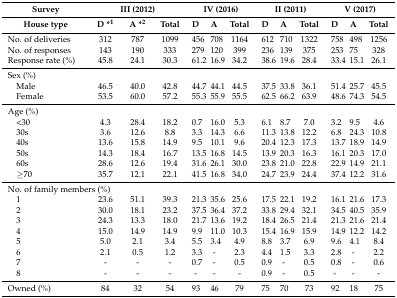
<table><thead><tr><td><b>Survey</b></td><td colspan="3"><b>III (2012)</b></td><td colspan="3"><b>IV (2016)</b></td><td colspan="3"><b>II (2011)</b></td><td colspan="3"><b>V (2017)</b></td></tr><tr><td><b>House type</b></td><td><b>D *<sup>1</sup></b></td><td><b>A *<sup>2</sup></b></td><td><b>Total</b></td><td><b>D</b></td><td><b>A</b></td><td><b>Total</b></td><td><b>D</b></td><td><b>A</b></td><td><b>Total</b></td><td><b>D</b></td><td><b>A</b></td><td><b>Total</b></td></tr></thead><tbody><tr><td>No. of deliveries</td><td>312</td><td>787</td><td>1099</td><td>456</td><td>708</td><td>1164</td><td>612</td><td>710</td><td>1322</td><td>758</td><td>498</td><td>1256</td></tr><tr><td>No. of responses</td><td>143</td><td>190</td><td>333</td><td>279</td><td>120</td><td>399</td><td>236</td><td>139</td><td>375</td><td>253</td><td>75</td><td>328</td></tr><tr><td>Response rate (%)</td><td>45.8</td><td>24.1</td><td>30.3</td><td>61.2</td><td>16.9</td><td>34.2</td><td>38.6</td><td>19.6</td><td>28.4</td><td>33.4</td><td>15.1</td><td>26.1</td></tr><tr><td>Sex (%)</td><td></td><td></td><td></td><td></td><td></td><td></td><td></td><td></td><td></td><td></td><td></td><td></td></tr><tr><td> Male</td><td>46.5</td><td>40.0</td><td>42.8</td><td>44.7</td><td>44.1</td><td>44.5</td><td>37.5</td><td>33.8</td><td>36.1</td><td>51.4</td><td>25.7</td><td>45.5</td></tr><tr><td> Female</td><td>53.5</td><td>60.0</td><td>57.2</td><td>55.3</td><td>55.9</td><td>55.5</td><td>62.5</td><td>66.2</td><td>63.9</td><td>48.6</td><td>74.3</td><td>54.5</td></tr><tr><td>Age (%)</td><td></td><td></td><td></td><td></td><td></td><td></td><td></td><td></td><td></td><td></td><td></td><td></td></tr><tr><td> &lt;30</td><td>4.3</td><td>28.4</td><td>18.2</td><td>0.7</td><td>16.0</td><td>5.3</td><td>6.1</td><td>8.7</td><td>7.0</td><td>3.2</td><td>9.5</td><td>4.6</td></tr><tr><td> 30s</td><td>3.6</td><td>12.6</td><td>8.8</td><td>3.3</td><td>14.3</td><td>6.6</td><td>11.3</td><td>13.8</td><td>12.2</td><td>6.8</td><td>24.3</td><td>10.8</td></tr><tr><td> 40s</td><td>13.6</td><td>15.8</td><td>14.9</td><td>9.5</td><td>10.1</td><td>9.6</td><td>20.4</td><td>12.3</td><td>17.3</td><td>13.7</td><td>18.9</td><td>14.9</td></tr><tr><td> 50s</td><td>14.3</td><td>18.4</td><td>16.7</td><td>13.5</td><td>16.8</td><td>14.5</td><td>13.9</td><td>20.3</td><td>16.3</td><td>16.1</td><td>20.3</td><td>17.0</td></tr><tr><td> 60s</td><td>28.6</td><td>12.6</td><td>19.4</td><td>31.6</td><td>26.1</td><td>30.0</td><td>23.8</td><td>21.0</td><td>22.8</td><td>22.9</td><td>14.9</td><td>21.1</td></tr><tr><td> ≥70</td><td>35.7</td><td>12.1</td><td>22.1</td><td>41.5</td><td>16.8</td><td>34.0</td><td>24.7</td><td>23.9</td><td>24.4</td><td>37.4</td><td>12.2</td><td>31.6</td></tr><tr><td colspan="2">No. of family members (%)</td><td></td><td></td><td></td><td></td><td></td><td></td><td></td><td></td><td></td><td></td><td></td></tr><tr><td> 1</td><td>23.6</td><td>51.1</td><td>39.3</td><td>21.3</td><td>35.6</td><td>25.6</td><td>17.5</td><td>22.1</td><td>19.2</td><td>16.1</td><td>21.6</td><td>17.3</td></tr><tr><td> 2</td><td>30.0</td><td>18.1</td><td>23.2</td><td>37.5</td><td>36.4</td><td>37.2</td><td>33.8</td><td>29.4</td><td>32.1</td><td>34.5</td><td>40.5</td><td>35.9</td></tr><tr><td> 3</td><td>24.3</td><td>13.3</td><td>18.0</td><td>21.7</td><td>13.6</td><td>19.2</td><td>18.4</td><td>26.5</td><td>21.4</td><td>21.3</td><td>21.6</td><td>21.4</td></tr><tr><td> 4</td><td>15.0</td><td>14.9</td><td>14.9</td><td>9.9</td><td>11.0</td><td>10.3</td><td>15.4</td><td>16.9</td><td>15.9</td><td>14.9</td><td>12.2</td><td>14.2</td></tr><tr><td> 5</td><td>5.0</td><td>2.1</td><td>3.4</td><td>5.5</td><td>3.4</td><td>4.9</td><td>8.8</td><td>3.7</td><td>6.9</td><td>9.6</td><td>4.1</td><td>8.4</td></tr><tr><td> 6</td><td>2.1</td><td>0.5</td><td>1.2</td><td>3.3</td><td>-</td><td>2.3</td><td>4.4</td><td>1.5</td><td>3.3</td><td>2.8</td><td>-</td><td>2.2</td></tr><tr><td> 7</td><td>-</td><td>-</td><td>-</td><td>0.7</td><td>-</td><td>0.5</td><td>0.9</td><td>-</td><td>0.5</td><td>0.8</td><td>-</td><td>0.6</td></tr><tr><td> 8</td><td>-</td><td>-</td><td>-</td><td>-</td><td>-</td><td>-</td><td>0.9</td><td>-</td><td>0.5</td><td>-</td><td>-</td><td>-</td></tr><tr><td>Owned (%)</td><td>84</td><td>32</td><td>54</td><td>93</td><td>46</td><td>79</td><td>75</td><td>70</td><td>73</td><td>92</td><td>18</td><td>75</td></tr></tbody></table>